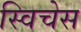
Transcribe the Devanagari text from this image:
स्विचेस